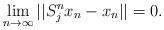
LaTeX: \begin{align*}\lim_{n\to\infty}||S_{j}^nx_n-x_n||=0.\end{align*}